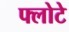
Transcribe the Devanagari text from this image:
फ्लोटे